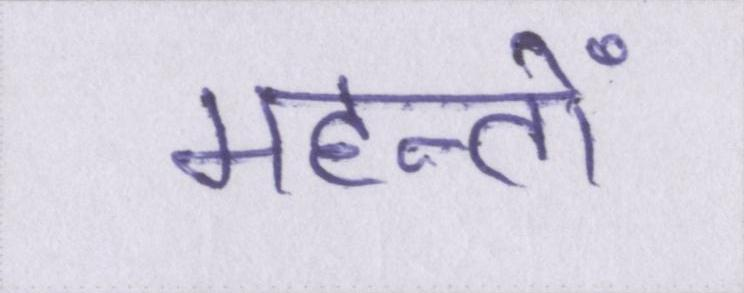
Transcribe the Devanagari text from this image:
महन्तों